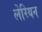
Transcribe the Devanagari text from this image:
लेरियन